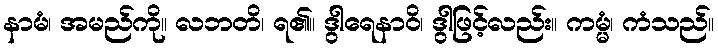
နာမံ၊ အမည်ကို။ လဘတိ၊ ရ၏။ ဒွါရေနာဝိ၊ ဒွါဖြင့်လည်း။ ကမ္မံ၊ ကံသည်။